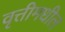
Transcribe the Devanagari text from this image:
वृत्तीमधील